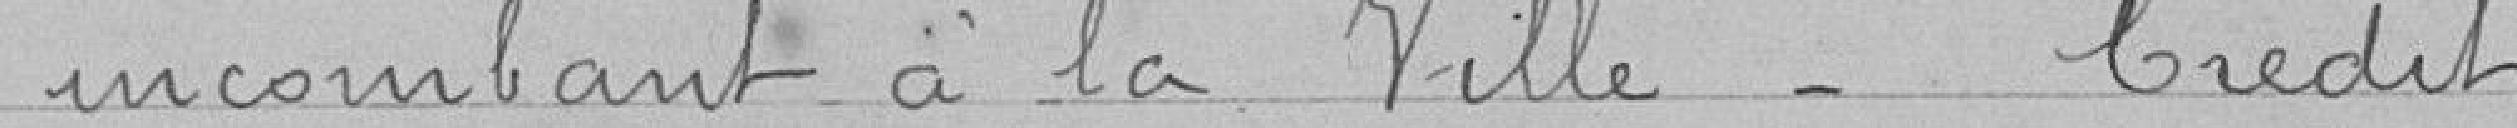
incombant à la Ville_ Crédit